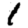
Digit: 1